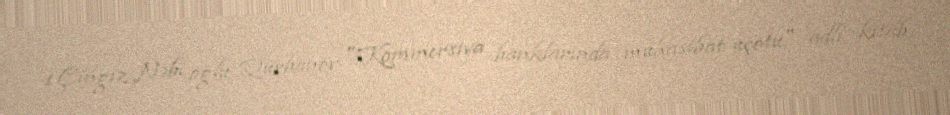
1.Çingiz Nəbi oğlu Qurbanov "Kommersiya banklarında mühasibat uçotu" adlı kitab,